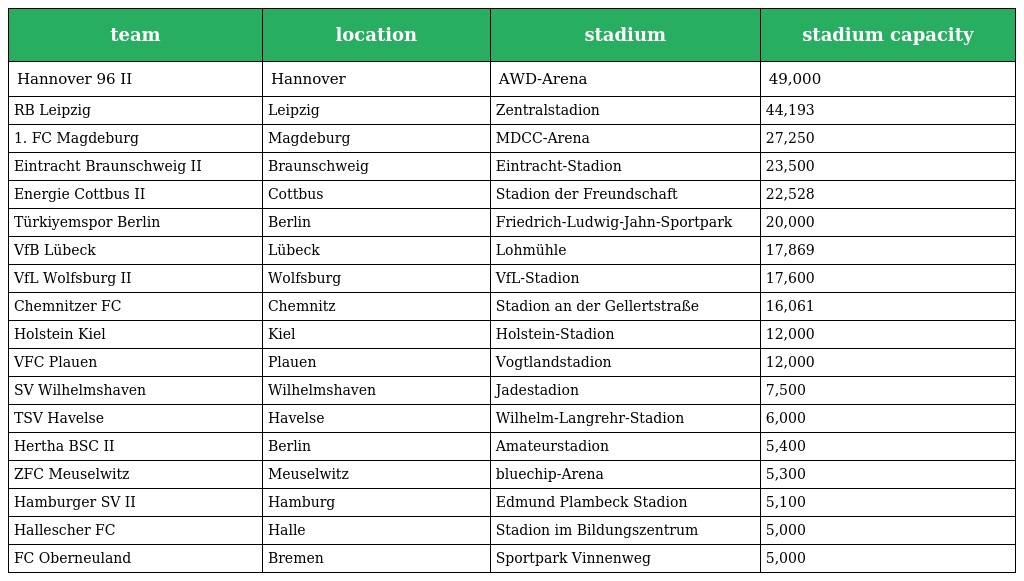
| team | location | stadium | stadium capacity |
 | --- | --- | --- | --- |
 | Hannover 96 II | Hannover | AWD-Arena | 49,000 |
 | RB Leipzig | Leipzig | Zentralstadion | 44,193 |
 | 1. FC Magdeburg | Magdeburg | MDCC-Arena | 27,250 |
 | Eintracht Braunschweig II | Braunschweig | Eintracht-Stadion | 23,500 |
 | Energie Cottbus II | Cottbus | Stadion der Freundschaft | 22,528 |
 | Türkiyemspor Berlin | Berlin | Friedrich-Ludwig-Jahn-Sportpark | 20,000 |
 | VfB Lübeck | Lübeck | Lohmühle | 17,869 |
 | VfL Wolfsburg II | Wolfsburg | VfL-Stadion | 17,600 |
 | Chemnitzer FC | Chemnitz | Stadion an der Gellertstraße | 16,061 |
 | Holstein Kiel | Kiel | Holstein-Stadion | 12,000 |
 | VFC Plauen | Plauen | Vogtlandstadion | 12,000 |
 | SV Wilhelmshaven | Wilhelmshaven | Jadestadion | 7,500 |
 | TSV Havelse | Havelse | Wilhelm-Langrehr-Stadion | 6,000 |
 | Hertha BSC II | Berlin | Amateurstadion | 5,400 |
 | ZFC Meuselwitz | Meuselwitz | bluechip-Arena | 5,300 |
 | Hamburger SV II | Hamburg | Edmund Plambeck Stadion | 5,100 |
 | Hallescher FC | Halle | Stadion im Bildungszentrum | 5,000 |
 | FC Oberneuland | Bremen | Sportpark Vinnenweg | 5,000 |